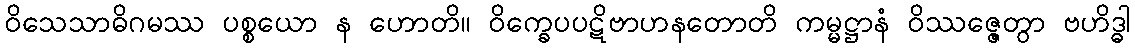
ဝိသေသာဓိဂမဿ ပစ္စယော န ဟောတိ။ ဝိက္ခေပပဋိဗာဟနတောတိ ကမ္မဋ္ဌာနံ ဝိဿဇ္ဇေတွာ ဗဟိဒ္ဓါ